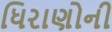
ધિરાણોની